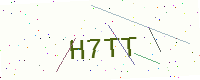
Text: H7TT